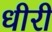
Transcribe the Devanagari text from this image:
धीरी